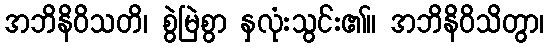
အဘိနိဝိသတိ၊ စွဲမြဲစွာ နှလုံးသွင်း၏။ အဘိနိဝိသိတွာ၊